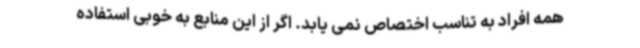
همه افراد به تناسب اختصاص نمی یابد. اگر از این منابع به خوبی استفاده